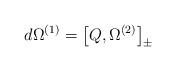
LaTeX: \begin{align*}d \Omega^{(1)} = \big [ Q , \Omega^{(2)} \big{]}_{\pm}\end{align*}